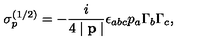
\sigma _ { p } ^ { ( 1 / 2 ) } = - \frac i { 4 \mid \mathbf { p } \mid } \epsilon _ { a b c } p _ { a } \Gamma _ { b } \Gamma _ { c } ,